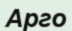
Арго